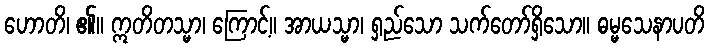
ဟောတိ၊ ၏။ ဣတိတသ္မာ၊ ကြောင့်။ အာယသ္မာ၊ ရှည်သော သက်တော်ရှိသော။ ဓမ္မသေနာပတိ